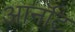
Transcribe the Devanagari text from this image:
आर्नॉट